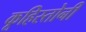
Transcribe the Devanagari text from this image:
कूहिस्तोनी